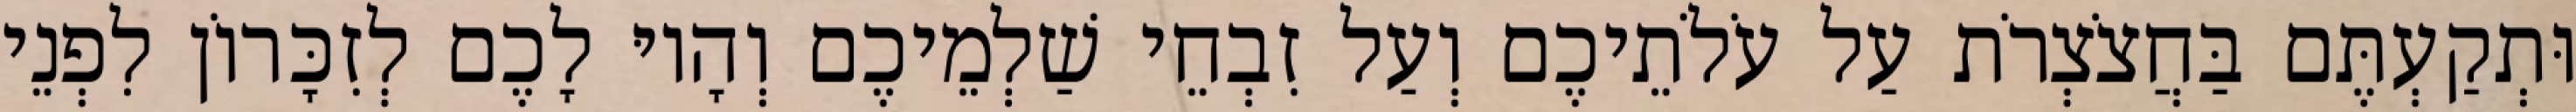
וּתְקַעְתֶּם בַּחֲצֹצְרֹת עַל עֹלֹתֵיכֶם וְעַל זִבְחֵי שַׁלְמֵיכֶם וְהָיוּ לָכֶם לְזִכָּרוֹן לִפְנֵי